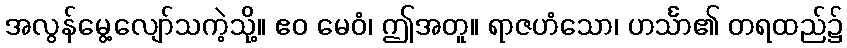
အလွန်မွေ့လျော်သကဲ့သို့။ ဧဝ မေဝံ၊ ဤအတူ။ ရာဇဟံသော၊ ဟင်္သာ၏ တရထည်၌